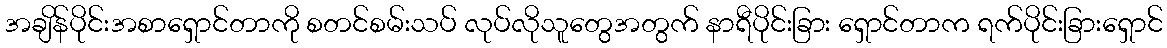
အချိန်ပိုင်းအစာရှောင်တာကို စတင်စမ်းသပ် လုပ်လိုသူတွေအတွက် နာရီပိုင်းခြား ရှောင်တာက ရက်ပိုင်းခြားရှောင်